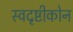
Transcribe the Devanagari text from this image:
स्वदृष्टीकोन